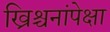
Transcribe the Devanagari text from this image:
ख्रिश्चनांपेक्षा